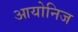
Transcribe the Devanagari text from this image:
आयोनिज